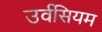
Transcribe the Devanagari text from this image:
उर्वसियम